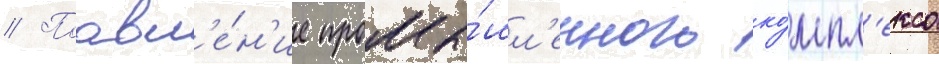
// Поавл'е́н'ие промы́шл'енного ко́мпл'екса